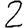
Digit: 2